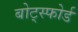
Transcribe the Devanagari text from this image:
बोट्स्फोर्ड